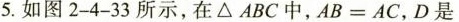
5.如图2-4-33所示，在△ABC中，$$A B = A C$$，D是